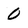
Character: 0